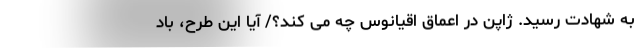
به شهادت رسید. ژاپن در اعماق اقیانوس چه می کند؟/ آیا این طرح، باد